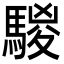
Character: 騣